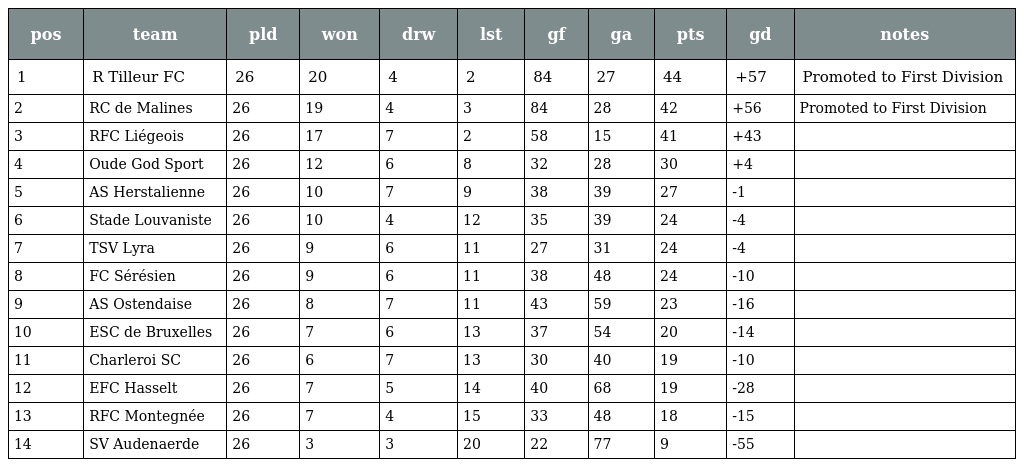
| pos | team | pld | won | drw | lst | gf | ga | pts | gd | notes |
 | --- | --- | --- | --- | --- | --- | --- | --- | --- | --- | --- |
 | 1 | R Tilleur FC | 26 | 20 | 4 | 2 | 84 | 27 | 44 | +57 | Promoted to First Division |
 | 2 | RC de Malines | 26 | 19 | 4 | 3 | 84 | 28 | 42 | +56 | Promoted to First Division |
 | 3 | RFC Liégeois | 26 | 17 | 7 | 2 | 58 | 15 | 41 | +43 |  |
 | 4 | Oude God Sport | 26 | 12 | 6 | 8 | 32 | 28 | 30 | +4 |  |
 | 5 | AS Herstalienne | 26 | 10 | 7 | 9 | 38 | 39 | 27 | -1 |  |
 | 6 | Stade Louvaniste | 26 | 10 | 4 | 12 | 35 | 39 | 24 | -4 |  |
 | 7 | TSV Lyra | 26 | 9 | 6 | 11 | 27 | 31 | 24 | -4 |  |
 | 8 | FC Sérésien | 26 | 9 | 6 | 11 | 38 | 48 | 24 | -10 |  |
 | 9 | AS Ostendaise | 26 | 8 | 7 | 11 | 43 | 59 | 23 | -16 |  |
 | 10 | ESC de Bruxelles | 26 | 7 | 6 | 13 | 37 | 54 | 20 | -14 |  |
 | 11 | Charleroi SC | 26 | 6 | 7 | 13 | 30 | 40 | 19 | -10 |  |
 | 12 | EFC Hasselt | 26 | 7 | 5 | 14 | 40 | 68 | 19 | -28 |  |
 | 13 | RFC Montegnée | 26 | 7 | 4 | 15 | 33 | 48 | 18 | -15 |  |
 | 14 | SV Audenaerde | 26 | 3 | 3 | 20 | 22 | 77 | 9 | -55 |  |